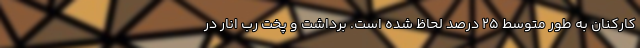
کارکنان به طور متوسط ۲۵ درصد لحاظ شده است. برداشت و پخت رب انار در